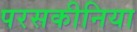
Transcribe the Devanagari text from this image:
परसकीनिया